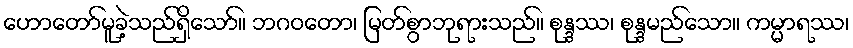
ဟောတော်မူခဲ့သည်ရှိသော်။ ဘဂဝတော၊ မြတ်စွာဘုရားသည်။ စုန္ဒဿ၊ စုန္ဒမည်သော။ ကမ္မာရဿ၊